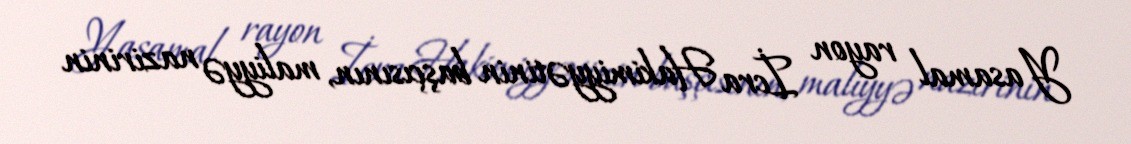
Yasamal rayon İcra Hakimiyyətinin başçısının, maliyyə nazirinin